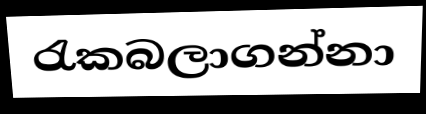
රැකබලාගන්නා